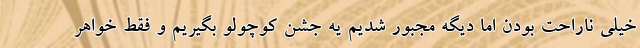
خیلی ناراحت بودن اما دیگه مجبور شدیم یه جشن کوچولو بگیریم و فقط خواهر